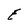
Character: E